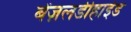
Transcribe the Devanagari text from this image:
बेंज़लडीहाईड